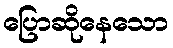
ပြောဆိုနေသော